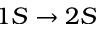
1 S \rightarrow 2 S